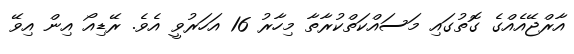
އާރްޖޭއެއްގެ ގޮތުގައި މަސައްކަތްކުރާތާ މިހާރު 16 އަހަރުވީ އެވެ. ރޭޑިއޯ އިން އިވޭ